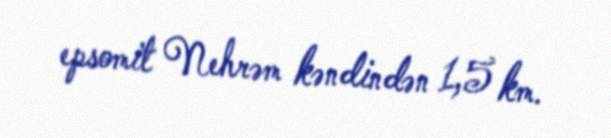
epsomit Nehrəm kəndindən 1,5 km.